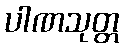
ပါဏသုတ္တ